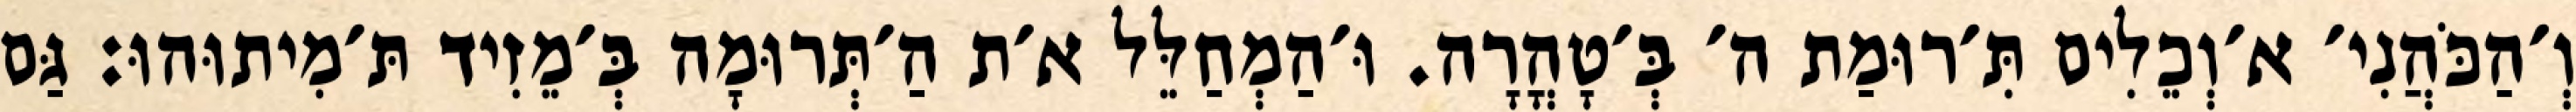
וְ׳הַכֹּהֲנִי׳ א׳וְכֵלִים תִּ׳רוּמַת ה׳ בְּ׳טָהֳרָה. וּ׳הַמְחַלֵּל א׳ת הַ׳תְּרוּמָה בְּ׳מֵזִיד תּ׳מִיתוּהוּ: גַּם